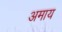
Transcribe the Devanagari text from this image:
अमाय